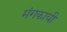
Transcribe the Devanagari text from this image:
मंगकायी